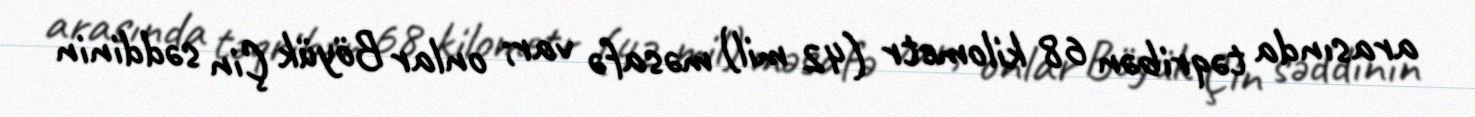
arasında təqribən 68 kilometr (42 mil) məsafə var; onlar Böyük Çin səddinin